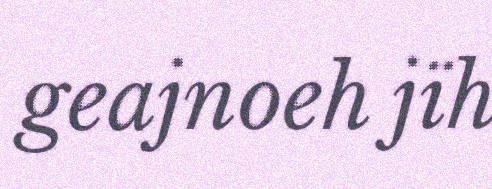
geajnoeh jïh